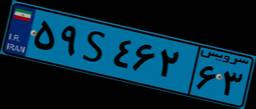
۴۷S۸۰۱۹۱